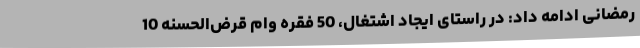
رمضانی ادامه داد: در راستای ایجاد اشتغال، 50 فقره وام قرض‌الحسنه 10